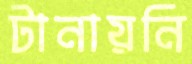
টানায়নি